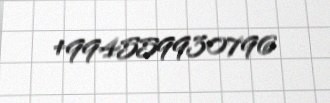
+994559930796